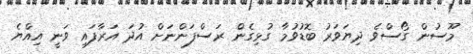
މޫސުން ގޯސްވެ ދިޔަވަރު ބޮޑުވުމާ ގުޅިގެން ރަސްފަންނަށް އުދަ އަރާފައި ވަނީ އިއްޔެ